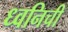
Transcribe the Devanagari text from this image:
ध्वनिची